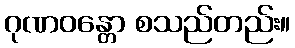
ဂုဏဝန္တော စသည်တည်း။